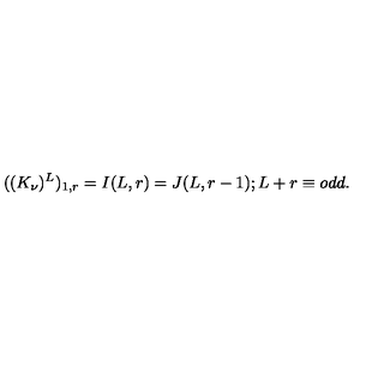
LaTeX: ( ( K _ { \nu } ) ^ { L } ) _ { 1 , r } = I ( L , r ) = J ( L , r - 1 ) ; L + r \equiv o d d .